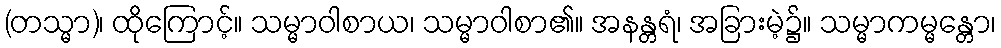
(တသ္မာ)၊ ထိုကြောင့်။ သမ္မာဝါစာယ၊ သမ္မာဝါစာ၏။ အနန္တရံ၊ အခြားမဲ့၌။ သမ္မာကမ္မန္တော၊